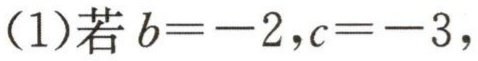
(1)若\(b = - 2,c = - 3\)，